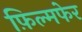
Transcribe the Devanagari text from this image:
फ़िल्मफेर